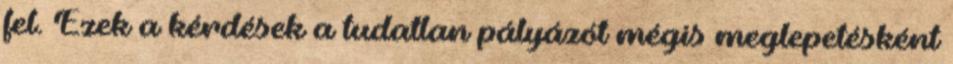
fel. Ezek a kérdések a tudatlan pályázót mégis meglepetésként